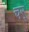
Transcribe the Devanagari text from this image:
चर्